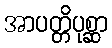
အာပတ္တိပုစ္ဆာ